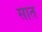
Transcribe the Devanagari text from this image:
सात